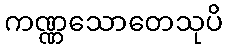
ကဏ္ဏသောတေသုပိ